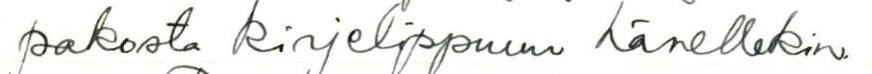
pakosta kirjelippuun hänellekin.